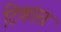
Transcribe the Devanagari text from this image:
टिकास्त्र